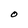
Character: O